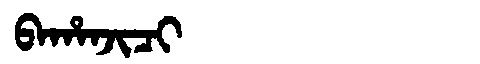
Manchu: ᠪᠠᡥᠠᠨᠵᡳᠴᡳ
Romanization: BAHANJICI